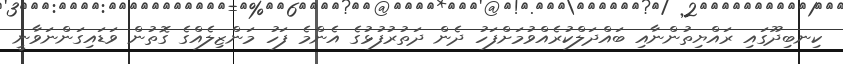
ކިނބިދޫގައި ރައްޔިތުންނާއި ބައްދަލްކުރެއްވުމަށްފަހު ދެން ދަތުރުފުޅުގެ އެންމެ ފަހު މަންޒިލެއްގެ ގޮތުން ވަޑައިގަންނަވާނީ